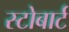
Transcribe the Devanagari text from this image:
स्टोबार्ट